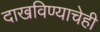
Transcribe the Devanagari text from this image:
दाखविण्याचेही